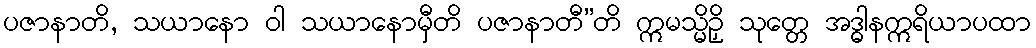
ပဇာနာတိ, သယာနော ဝါ သယာနောမှီတိ ပဇာနာတီ”တိ ဣမသ္မိဉှိ သုတ္တေ အဒ္ဓါနဣရိယာပထာ